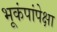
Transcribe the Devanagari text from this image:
भूकंपांपेक्षा